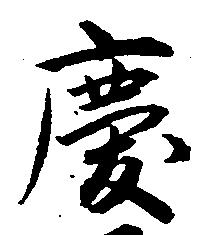
慶